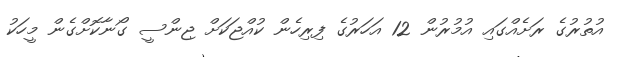
އުތުރުގެ ރަށެއްގައި އުމުރުން 12 އަހަރުގެ ފިރިހެން ކުއްޖަކަށް ޖިންސީ ގޯނާކޮށްގެން މީހަކު